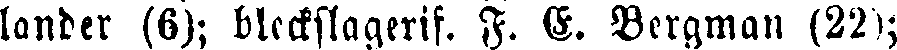
lander (6); bleckslagerif. F. G. Bergman (22);